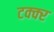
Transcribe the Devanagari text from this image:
टक्क्‍र